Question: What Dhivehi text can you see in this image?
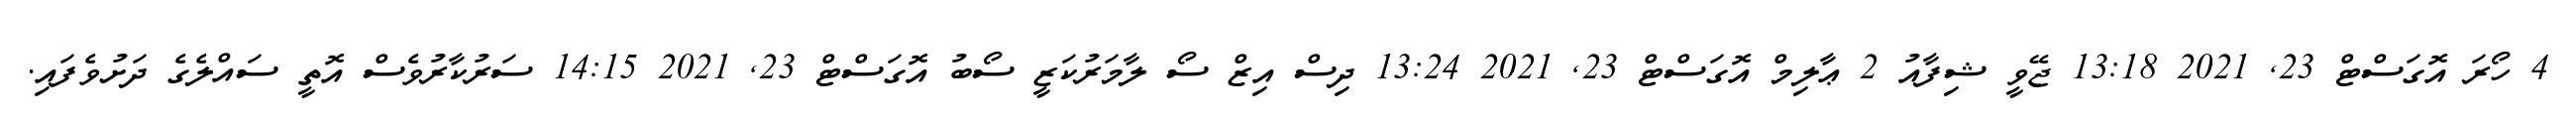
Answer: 4 ހޯރަ އޮގަސްޓް 23, 2021 13:18 ޖޭވީ ޝިފާއު 2 ޢާލިމް އޮގަސްޓް 23, 2021 13:24 ދިސް އިޒް ސޯ ލާމަރުކަޒީ ސޯބު އޮގަސްޓް 23, 2021 14:15 ސަރުކާރުވެސް އޮތީ ސައްލެގެ ދަށުވެފައި.